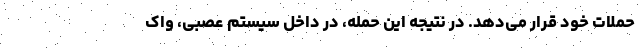
حملات خود قرار می‌دهد. در نتیجه این حمله، در داخل سیستم عصبی، واک